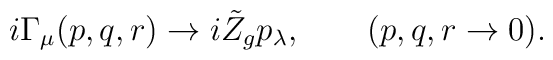
i \Gamma_{\mu}(p,q,r)\to i \tilde{Z}_g  p_{\lambda},\qquad (p,q,r \to 0).